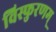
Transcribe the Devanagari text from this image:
विस्फुरणम्